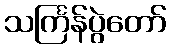
သင်္ကြန်ပွဲတော်